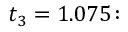
t _ { 3 } = 1 . 0 7 5 \colon